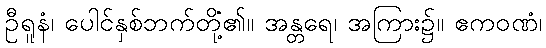
ဦရူနံ၊ ပေါင်နှစ်ဘက်တို့၏။ အန္တရေ၊ အကြား၌။ ဧကံဝဏံ၊